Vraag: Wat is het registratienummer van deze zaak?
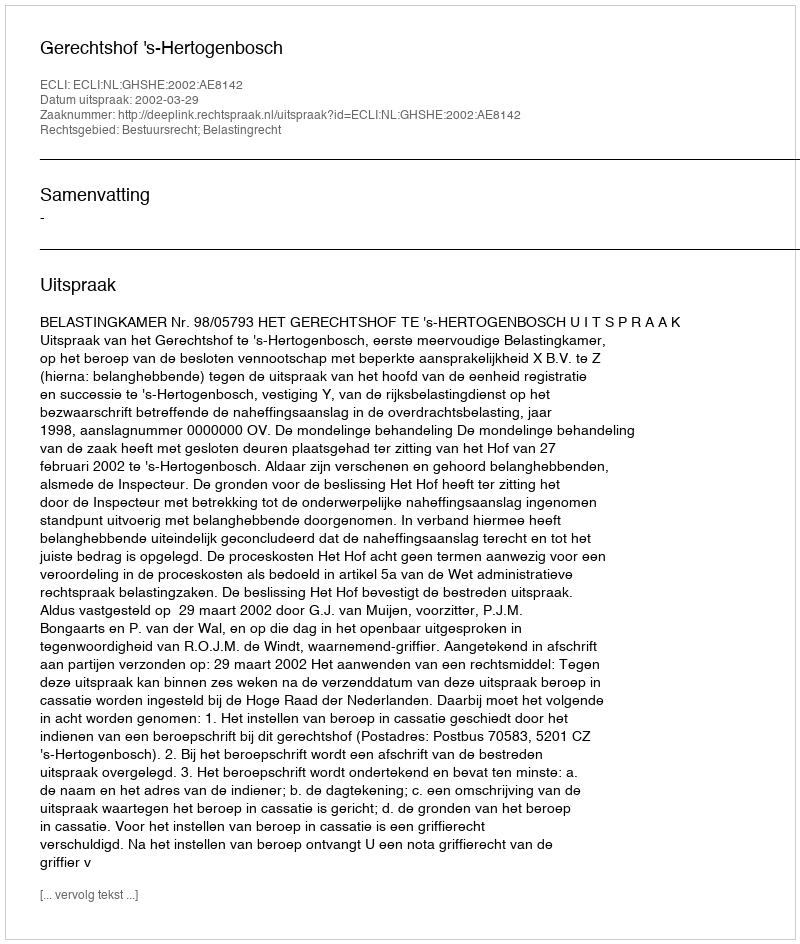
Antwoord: http://deeplink.rechtspraak.nl/uitspraak?id=ECLI:NL:GHSHE:2002:AE8142